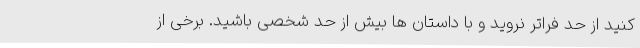
کنید از حد فراتر نروید و با داستان ها بیش از حد شخصی باشید. برخی از